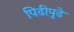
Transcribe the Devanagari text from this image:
पिढीपुढे